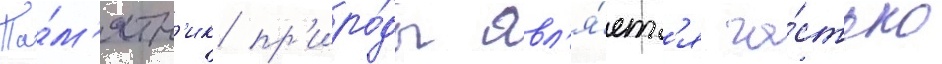
Па́м'ятн'ик пр'иро́ды явл'я́етс'я ча́стью